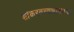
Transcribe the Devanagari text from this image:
शांकरतत्त्वज्ञानाच्या